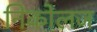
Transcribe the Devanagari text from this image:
निकोलज